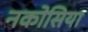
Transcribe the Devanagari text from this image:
नकोसिया